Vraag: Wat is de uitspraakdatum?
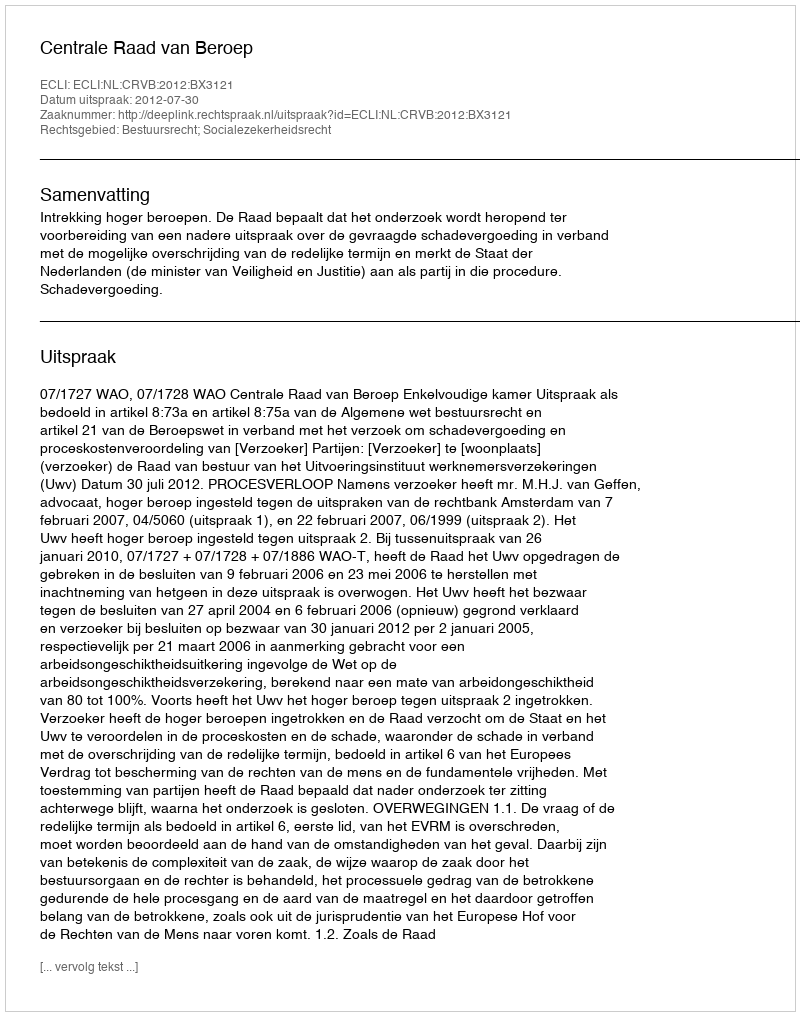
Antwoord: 2012-07-30